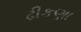
ઢીકણા